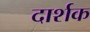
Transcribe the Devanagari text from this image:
दार्शक